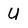
Character: U